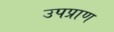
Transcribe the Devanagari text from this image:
उपप्राण